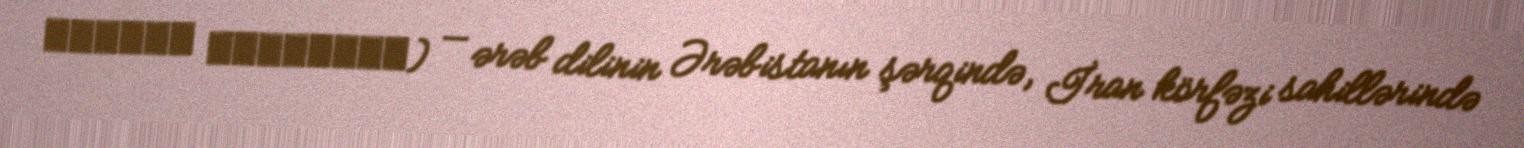
اللهجة الخليجية) — ərəb dilinin Ərəbistanın şərqində, İran körfəzi sahillərində